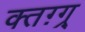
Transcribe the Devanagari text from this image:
क्तग़्ग्र्